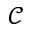
\mathcal { C }